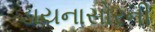
ડાયનાસોરની